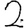
Digit: 2